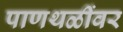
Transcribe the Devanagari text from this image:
पाणथळींवर